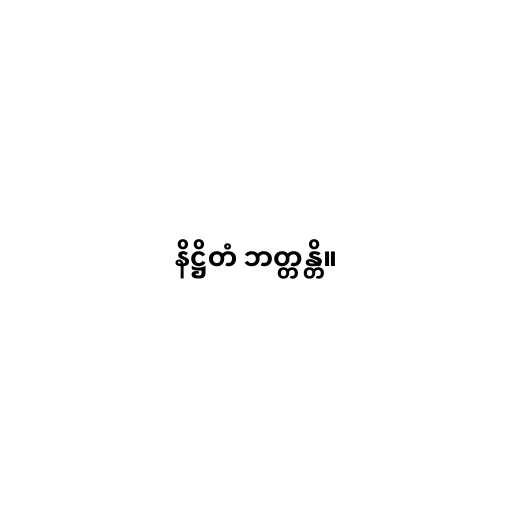
နိဋ္ဌိတံ ဘတ္တန္တိ။